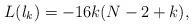
LaTeX: \begin{align*}L(\l_k)=-16k(N-2+k),\end{align*}